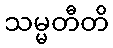
သမ္မတီတိ